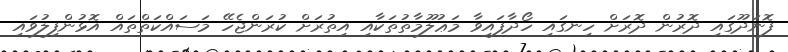
ފޮނަދޫގައި ދޮރުން ދޮރަށް ހިނގައި ހޯދާފައިވާ މަޢުލޫމާތުތަކާއި އިތުރަށް ކުރަންޖެހޭ މަސައްކަތްތައް އޮޅުންފިލުވައި